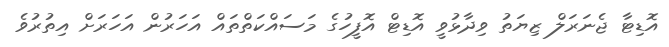
އޮޑިޓާ ޖެނަރަލް ޒިޔަތު ވިދާޅުވީ އޮޑިޓް އޮފީހުގެ މަސައްކަތްތައް އަހަރުން އަހަރަށް އިތުރުވެ